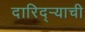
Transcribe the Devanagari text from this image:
दारिद्ऱ्याची